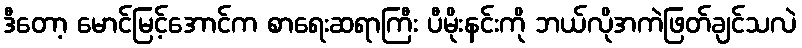
ဒီတော့ မောင်မြင့်အောင်က စာရေးဆရာကြီး ပီမိုးနင်းကို ဘယ်လိုအကဲဖြတ်ချင်သလဲ